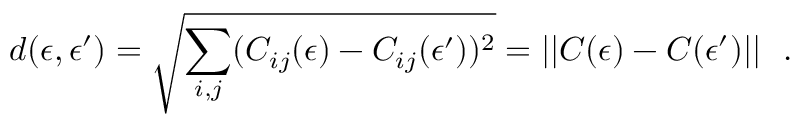
d ( \epsilon , \epsilon ^ { \prime } ) = \sqrt { \sum _ { i , j } ( C _ { i j } ( \epsilon ) - C _ { i j } ( \epsilon ^ { \prime } ) ) ^ { 2 } } = | | C ( \epsilon ) - C ( \epsilon ^ { \prime } ) | | ~ ~ .